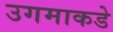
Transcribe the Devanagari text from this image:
उगमाकडे